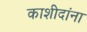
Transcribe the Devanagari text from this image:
काशीदांना